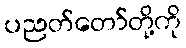
ပညတ်တော်တို့ကို